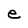
Character: e